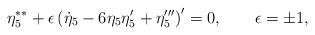
LaTeX: \begin{align*}\eta _{5}^{\ast \ast }+\epsilon \left( \dot{\eta}_{5}-6\eta _{5}\eta_{5}^{\prime }+\eta _{5}^{\prime \prime \prime }\right) ^{\prime }=0,\qquad\epsilon =\pm 1, \end{align*}